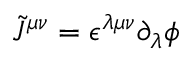
\tilde { J } ^ { \mu \nu } = \epsilon ^ { \lambda \mu \nu } \partial _ { \lambda } \phi